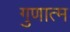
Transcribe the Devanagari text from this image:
गुणात्म